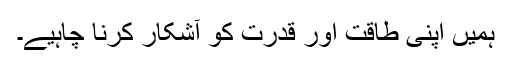
ہمیں اپنی طاقت اور قدرت کو آشکار کرنا چاہیے۔